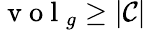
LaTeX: \mathrm{~v~o~l~}_{g}\ge|\mathcal{C}|